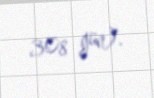
308 gün).